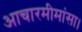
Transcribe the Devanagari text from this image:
आचारमीमांसा।